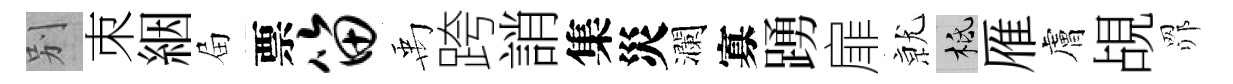
别朿絪屇票笛禹跨誚集災瀾寡踴扉𭕒柢雁膚覘𦊑